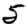
Digit: 5